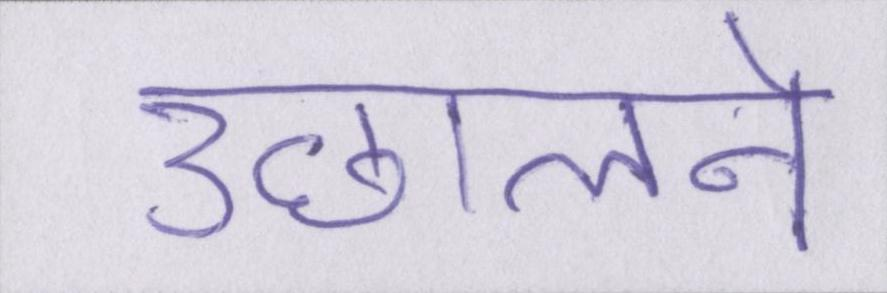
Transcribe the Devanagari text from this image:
उछालने